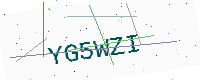
Text: YG5WZI